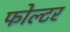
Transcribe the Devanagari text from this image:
फोल्टर